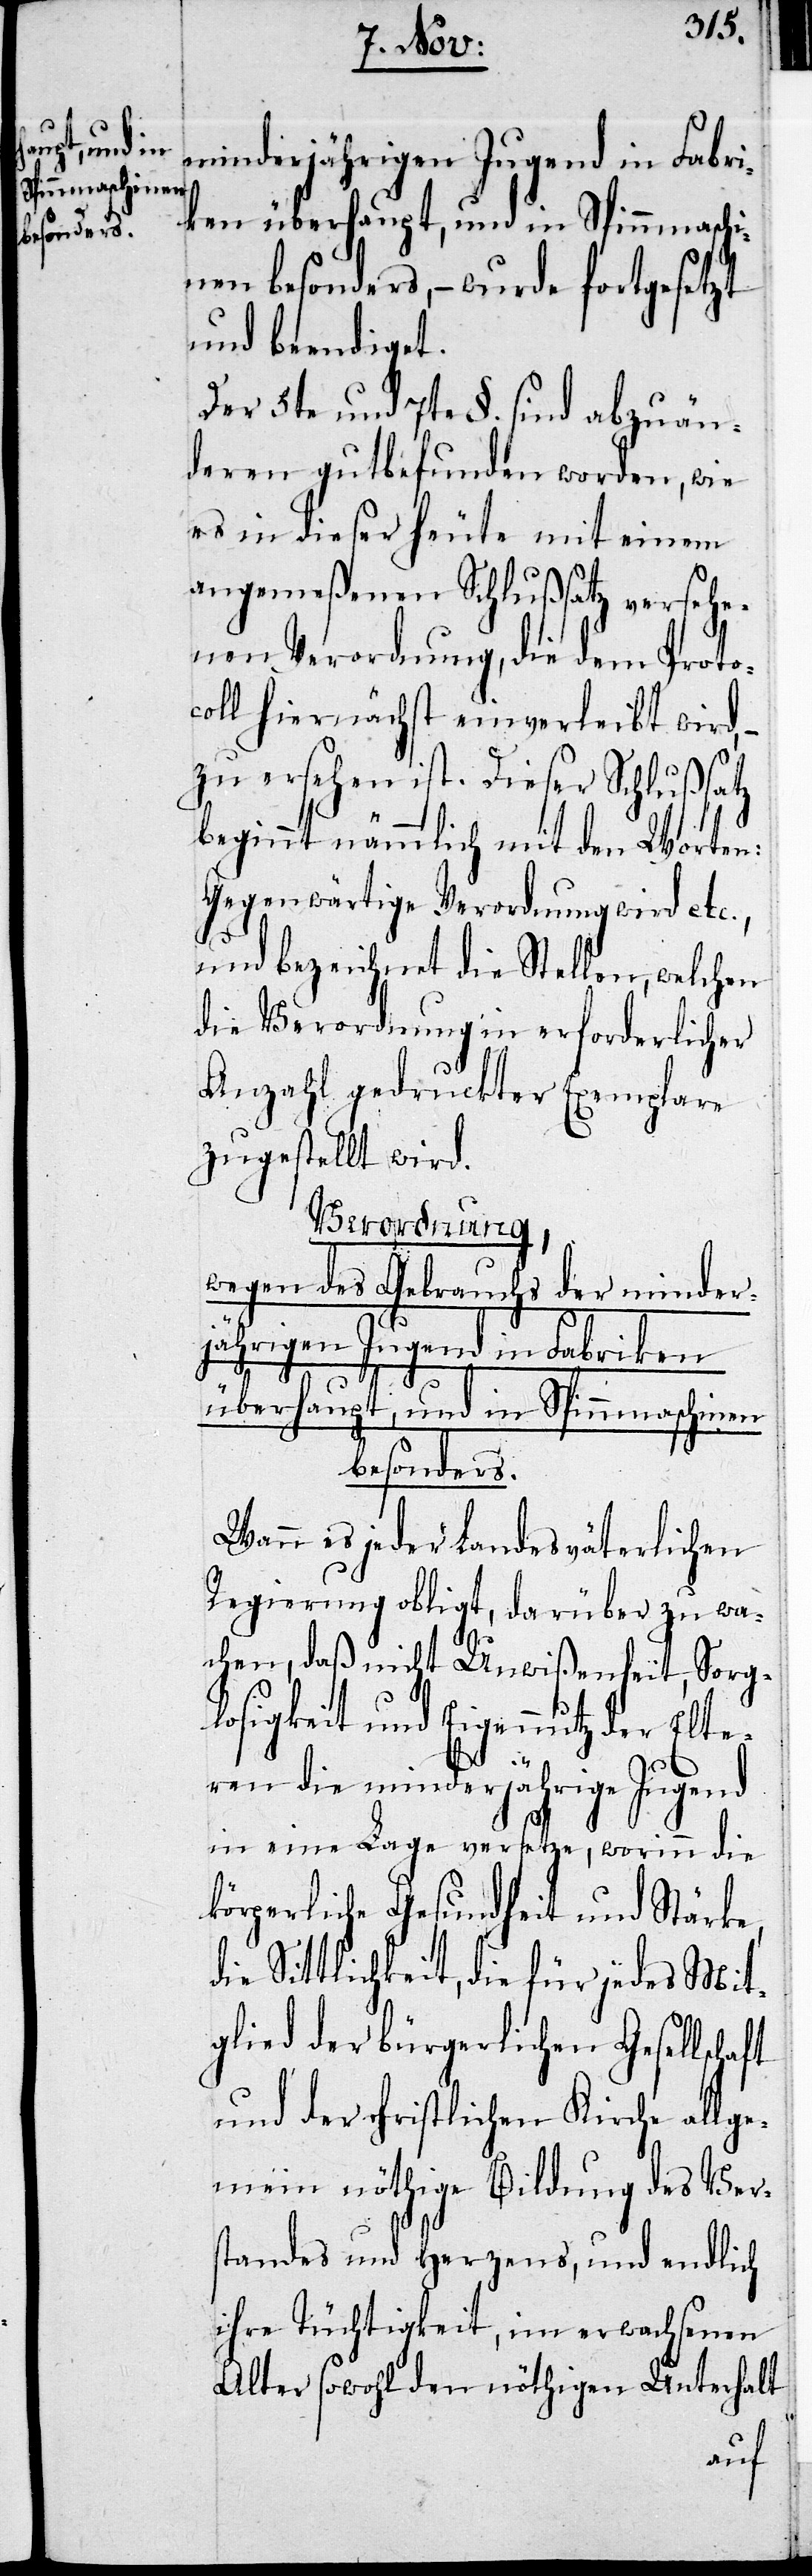
minderjährigen Jugend in Fabri¬
ken überhaupt, und in Spinnmaschi¬
nen besonders, – wurde fortgesetzt
und beendiget.
Der 5te und 7te §. sind abzuän¬
deren gutbefunden worden, wie
es in dieser heute mit einem
angemeßenen Schlußsatz versehe¬
nen Verordnung, die dem Proto¬
coll hiernächst einverleibt wird,
zu ersehen ist. Dieser Schlußsatz
beginnt nämmlich mit den Worten:
Gegenwärtige Verordnung wird etc.,
und bezeichnet die Stellen, welchen
die Verordnung in erforderlicher
Anzahl gedruckter Exemplare
zugestellt wird.
Verordnung,
wegen des Gebrauchs der minder¬
jährigen Jugend in Fabriken
überhaupt, und in Spinnmaschinen
besonders.
Wenn es jeder Landesväterlichen
Regierung obligt, darüber zu wa¬
chen, daß nicht Unwißenheit, Sorg¬
losigkeit und Eigennutz der Elte¬
ren die minderjährige Jugend
in eine Lage versetze, worinn die
körperliche Gesundheit und Stärke,
die Sittlichkeit, die für jedes Mit¬
glied der bürgerlichen Gesellschaft
und der christlichen Kirche allge¬
mein nöthige Bildung des Ver¬
standes und Herzens, und endlich
ihre Tüchtigkeit, im erwachsenen
Alter sowohl den nöthigen Unterhalt